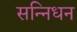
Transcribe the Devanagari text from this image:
सन्निधन